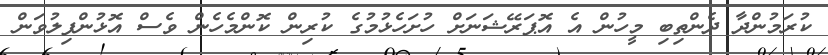
ކުރަމުންދާ ދެންތިބި މީހުން އެ އޮޕަރޭޝަނަށް ހުށަހެޅުމުގެ ކުރިން ކޮންމެހެން ވެސް އޮޅުންފިލުވަން